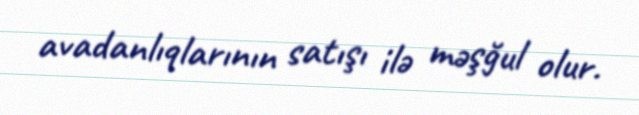
avadanlıqlarının satışı ilə məşğul olur.